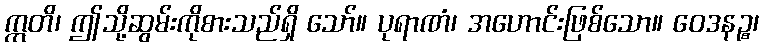
ဣတိ၊ ဤသို့ဆွမ်းကိုစားသည်ရှိ သော်။ ပုရာဏံ၊ အဟောင်းဖြစ်သော။ ဝေဒနဉ္စ၊